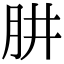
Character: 肼